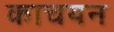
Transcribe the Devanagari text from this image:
काचयन